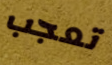
تعجب